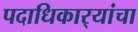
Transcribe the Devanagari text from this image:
पदाधिकार्‍यांचा